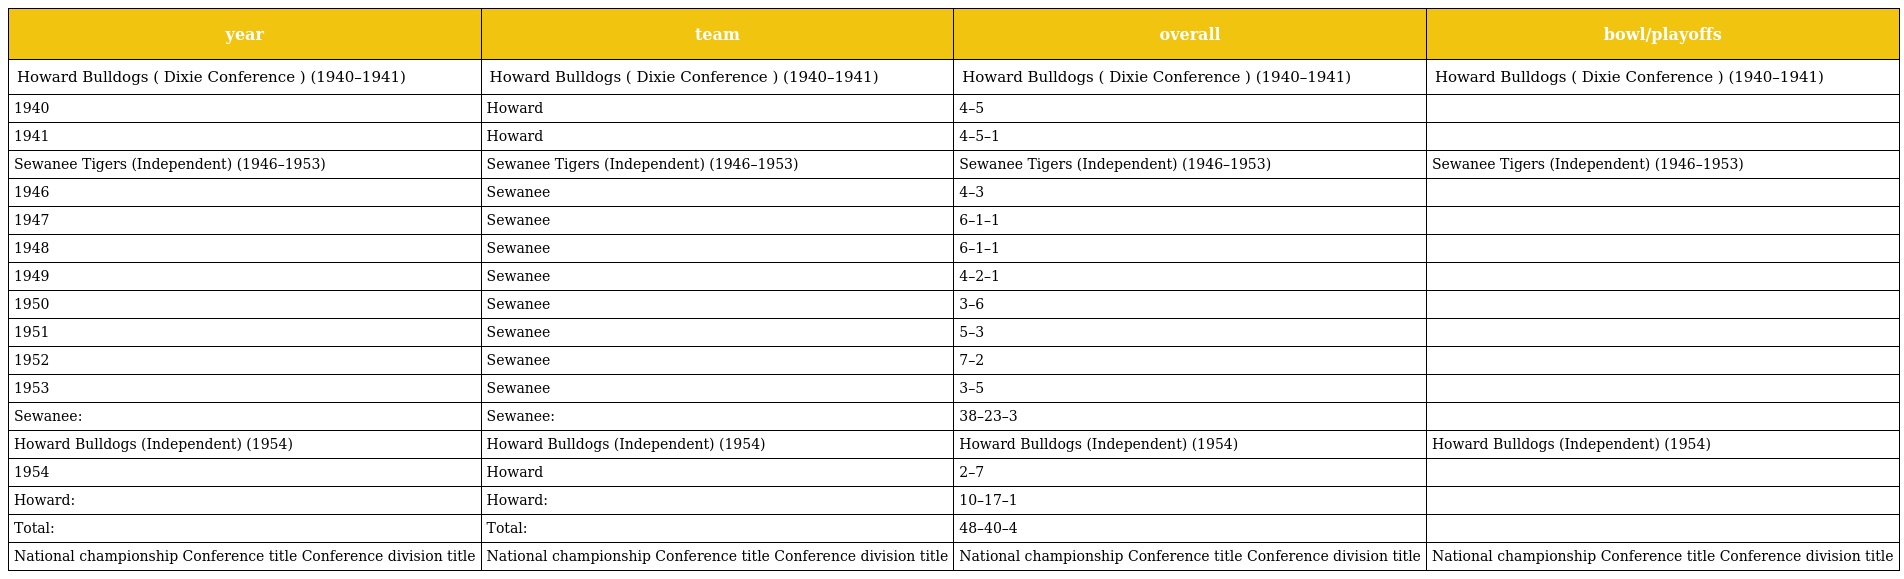
| year | team | overall | bowl/playoffs |
 | --- | --- | --- | --- |
 | Howard Bulldogs ( Dixie Conference ) (1940–1941) | Howard Bulldogs ( Dixie Conference ) (1940–1941) | Howard Bulldogs ( Dixie Conference ) (1940–1941) | Howard Bulldogs ( Dixie Conference ) (1940–1941) |
 | 1940 | Howard | 4–5 |  |
 | 1941 | Howard | 4–5–1 |  |
 | Sewanee Tigers (Independent) (1946–1953) | Sewanee Tigers (Independent) (1946–1953) | Sewanee Tigers (Independent) (1946–1953) | Sewanee Tigers (Independent) (1946–1953) |
 | 1946 | Sewanee | 4–3 |  |
 | 1947 | Sewanee | 6–1–1 |  |
 | 1948 | Sewanee | 6–1–1 |  |
 | 1949 | Sewanee | 4–2–1 |  |
 | 1950 | Sewanee | 3–6 |  |
 | 1951 | Sewanee | 5–3 |  |
 | 1952 | Sewanee | 7–2 |  |
 | 1953 | Sewanee | 3–5 |  |
 | Sewanee: | Sewanee: | 38–23–3 |  |
 | Howard Bulldogs (Independent) (1954) | Howard Bulldogs (Independent) (1954) | Howard Bulldogs (Independent) (1954) | Howard Bulldogs (Independent) (1954) |
 | 1954 | Howard | 2–7 |  |
 | Howard: | Howard: | 10–17–1 |  |
 | Total: | Total: | 48–40–4 |  |
 | National championship Conference title Conference division title | National championship Conference title Conference division title | National championship Conference title Conference division title | National championship Conference title Conference division title |